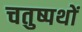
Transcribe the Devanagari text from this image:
चतुष्पथों